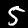
Digit: 5